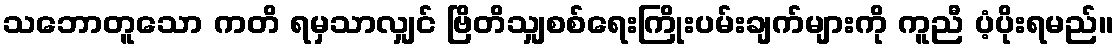
သဘောတူသော ကတိ ရမှသာလျှင် ဗြိတိသျှစစ်ရေးကြိုးပမ်းချက်များကို ကူညီ ပံ့ပိုးရမည်။